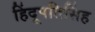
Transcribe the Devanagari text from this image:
हिंदूपतिसिंह